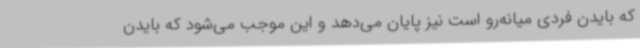
که بایدن فردی میانه‌رو است نیز پایان می‌دهد و این موجب می‌شود که بایدن